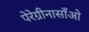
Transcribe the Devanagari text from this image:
पेरेग्रीनासाँओ